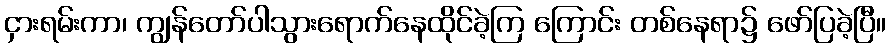
ငှားရမ်းကာ၊ ကျွန်တော်ပါသွားရောက်နေထိုင်ခဲ့ကြ ကြောင်း တစ်နေရာ၌ ဖော်ပြခဲ့ပြီ။